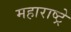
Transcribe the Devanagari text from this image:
महाराष्ट्रे